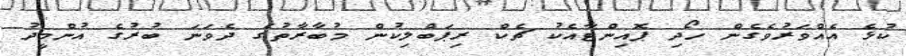
ކުޅެ އެއްވަރުވެގެން ހޯދި ޕޮއިންޓާއެކު ޗެކް ރިޕަބްލިކުން މުބާރާތުގެ ދެވަނަ ބުރުގެ އުންމީދު